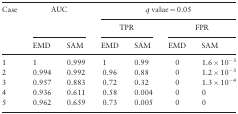
<table><thead><tr><td rowspan="3"><b>Case</b></td><td rowspan="2" colspan="2"><b>AUC</b></td><td colspan="4"><b><i>q</i> value = 0.05</b></td></tr><tr><td colspan="2"><b>TPR</b></td><td colspan="2"><b>FPR</b></td></tr><tr><td><b>EMD</b></td><td><b>SAM</b></td><td><b>EMD</b></td><td><b>SAM</b></td><td><b>EMD</b></td><td><b>SAM</b></td></tr></thead><tbody><tr><td>1</td><td>1</td><td>0.999</td><td>1</td><td>0.99</td><td>0</td><td>1.6 × 10<sup>−3</sup></td></tr><tr><td>2</td><td>0.994</td><td>0.992</td><td>0.96</td><td>0.88</td><td>0</td><td>1.2 × 10<sup>−3</sup></td></tr><tr><td>3</td><td>0.957</td><td>0.883</td><td>0.72</td><td>0.32</td><td>0</td><td>1.3 × 10<sup>−4</sup></td></tr><tr><td>4</td><td>0.936</td><td>0.611</td><td>0.58</td><td>0.004</td><td>0</td><td>0</td></tr><tr><td>5</td><td>0.962</td><td>0.659</td><td>0.73</td><td>0.005</td><td>0</td><td>0</td></tr></tbody></table>